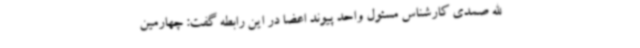
الله صمدی کارشناس مسئول واحد پیوند اعضا در این رابطه گفت: چهارمین